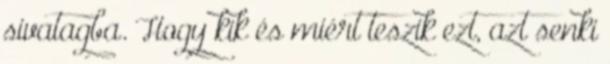
sivatagba. Hogy kik és miért teszik ezt, azt senki